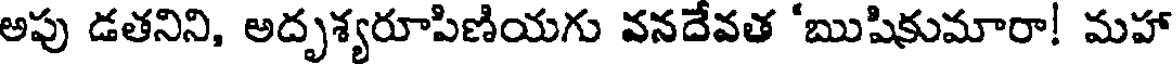
అపు డతనిని, అదృశ్యరూపిణియగు వనదేవత 'ఋషికుమారా! మహా